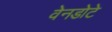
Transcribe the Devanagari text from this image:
वेनडोटे